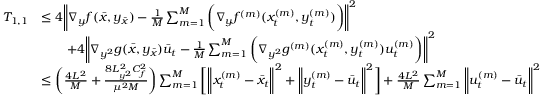
\begin{array} { r l } { T _ { 1 , 1 } } & { \leq 4 \bigg \| \nabla _ { y } f ( \bar { x } , y _ { \bar { x } } ) - \frac { 1 } { M } \sum _ { m = 1 } ^ { M } \bigg ( \nabla _ { y } f ^ { ( m ) } ( x _ { t } ^ { ( m ) } , y _ { t } ^ { ( m ) } ) \bigg ) \bigg \| ^ { 2 } } \\ & { \qquad + 4 \bigg \| \nabla _ { y ^ { 2 } } g ( \bar { x } , y _ { \bar { x } } ) \bar { u } _ { t } - \frac { 1 } { M } \sum _ { m = 1 } ^ { M } \bigg ( \nabla _ { y ^ { 2 } } g ^ { ( m ) } ( x _ { t } ^ { ( m ) } , y _ { t } ^ { ( m ) } ) u _ { t } ^ { ( m ) } \bigg ) \bigg \| ^ { 2 } } \\ & { \leq \bigg ( \frac { 4 L ^ { 2 } } { M } + \frac { 8 L _ { y ^ { 2 } } ^ { 2 } C _ { f } ^ { 2 } } { \mu ^ { 2 } M } \bigg ) \sum _ { m = 1 } ^ { M } \bigg [ \bigg \| x _ { t } ^ { ( m ) } - \bar { x } _ { t } \bigg \| ^ { 2 } + \bigg \| y _ { t } ^ { ( m ) } - \bar { u } _ { t } \bigg \| ^ { 2 } \bigg ] + \frac { 4 L ^ { 2 } } { M } \sum _ { m = 1 } ^ { M } \bigg \| u _ { t } ^ { ( m ) } - \bar { u } _ { t } \bigg \| ^ { 2 } } \end{array}